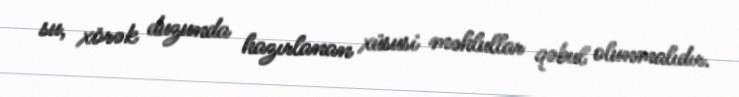
su, xörək duzunda hazırlanan xüsusi məhlullar qəbul olunmalıdır.